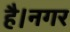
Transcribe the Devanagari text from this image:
है।नगर